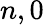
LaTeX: n,0